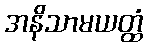
အနိသာမယတ္ထံ